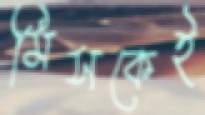
মিসকেই